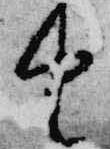
由